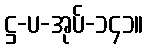
ဋ္ဌ-ပ-အုပ်-၁၄၁။